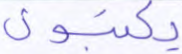
يكتبون